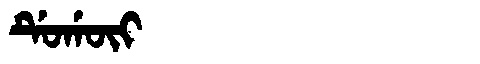
Manchu: ᡩᡠᡤᡡᡳ
Romanization: DUGŪI